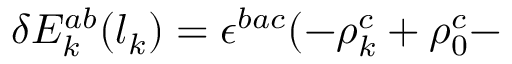
\delta E _ { k } ^ { a b } ( l _ { k } ) = \epsilon ^ { b a c } ( - \rho _ { k } ^ { c } + \rho _ { 0 } ^ { c } -